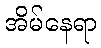
အိမ်နေရာ